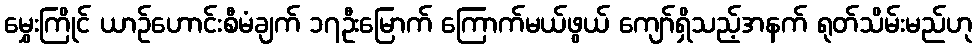
မွှေးကြိုင် ယာဉ်ဟောင်းစီမံချက် ၁၇ဦးမြောက် ကြောက်မယ်ဖွယ် ကျော်ရှိသည့်အနက် ရုတ်သိမ်းမည်ဟု